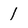
Character: 1